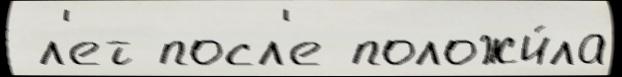
 л'ет посл'е положи́ла